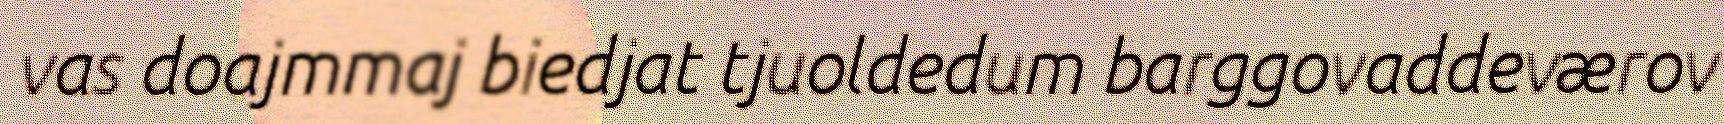
vas doajmmaj biedjat tjuoldedum barggovaddeværov